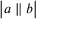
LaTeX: { \big | } a \parallel b { \big | }